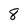
Character: 8